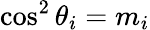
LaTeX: \cos^{2}\theta_{i}=m_{i}